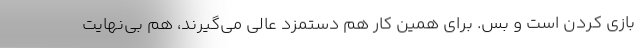
بازی کردن است و بس. برای همین کار هم دستمزد عالی می‌گیرند، هم بی‌نهایت